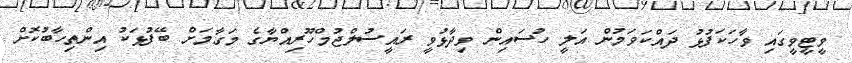
ވީޓީވީގައި ވާހަކަފުޅު ދައްކަވަމުން އަލީ ހުސައިން ވިދާޅުވީ ރައީސުލްޖުމްހޫރިއްޔާގެ މަގާމަށް ބޭފުޅަކު އިންތިހާބުކޮށް